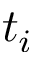
t _ { i }